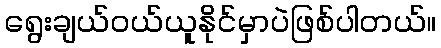
ရွေးချယ်ဝယ်ယူနိုင်မှာပဲဖြစ်ပါတယ်။